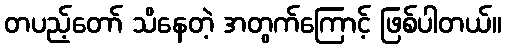
တပည့်တော် သိနေတဲ့ အတွက်ကြောင့် ဖြစ်ပါတယ်။